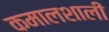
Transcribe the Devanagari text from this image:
कमालशाली